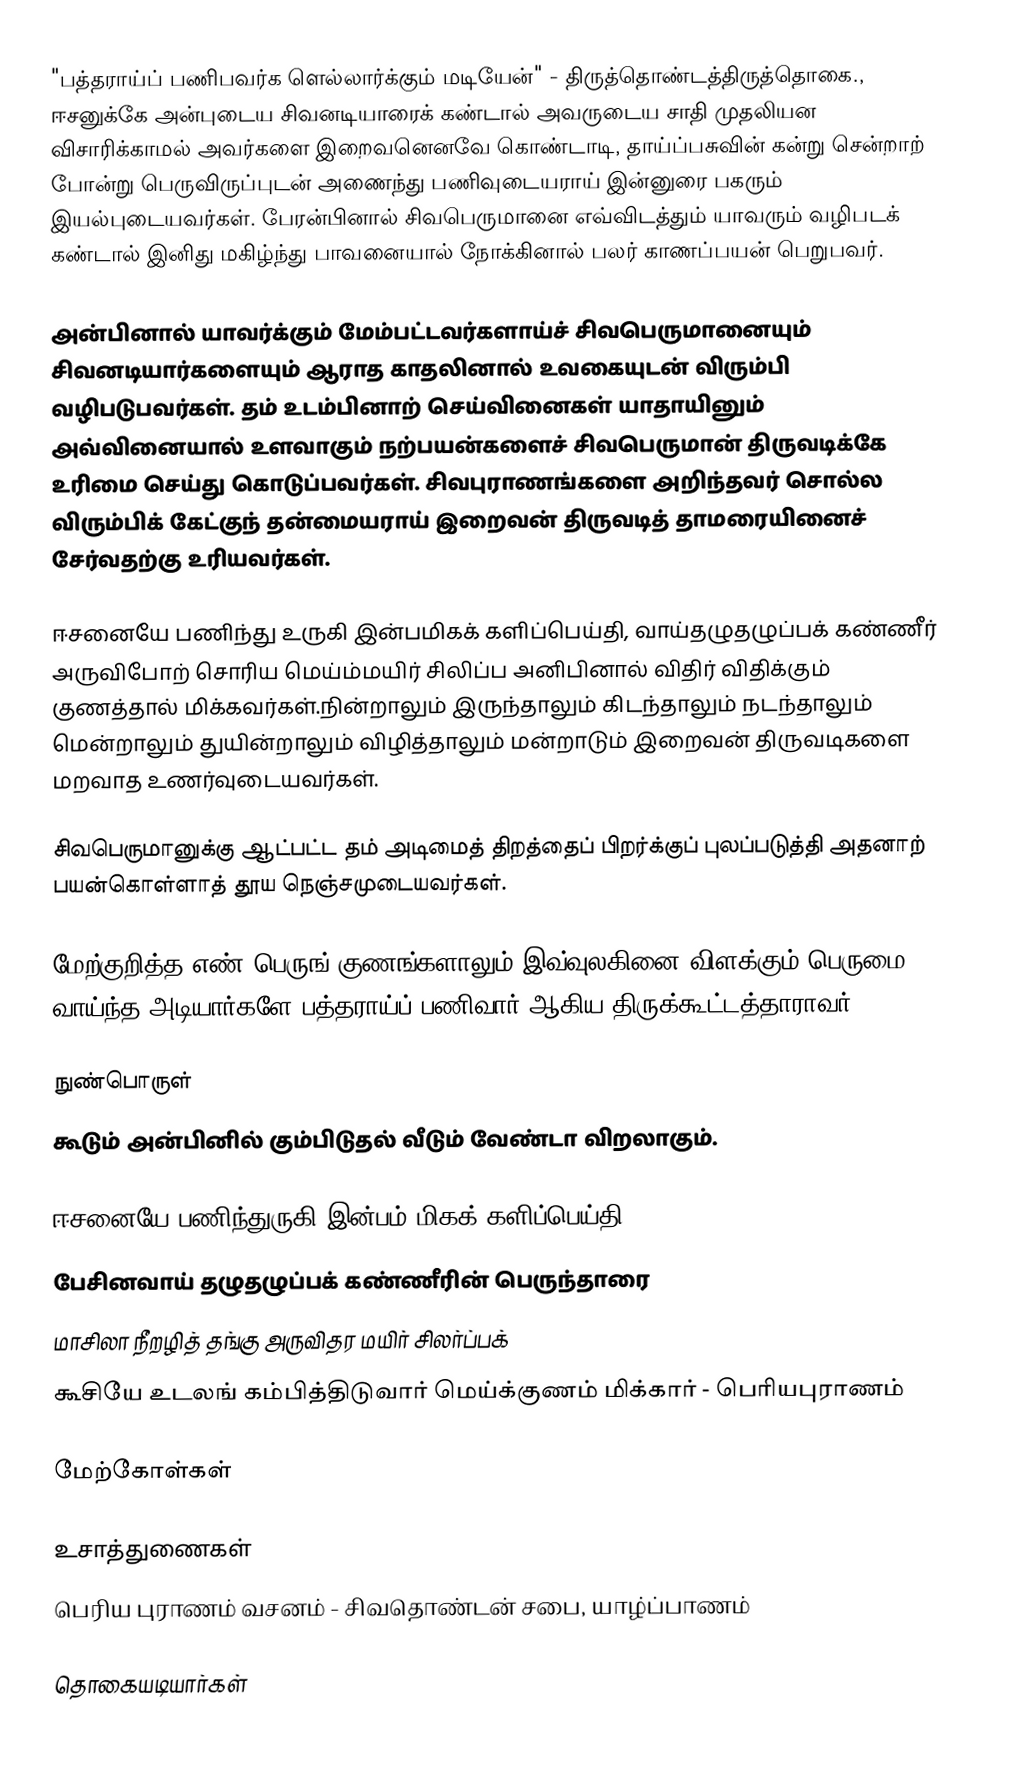
"பத்தராய்ப் பணிபவர்க ளெல்லார்க்கும் மடியேன்" - திருத்தொண்டத்திருத்தொகை., ஈசனுக்கே அன்புடைய சிவனடியாரைக் கண்டால் அவருடைய சாதி முதலியன விசாரிக்காமல் அவர்களை இறைவனெனவே கொண்டாடி, தாய்ப்பசுவின் கன்று சென்றாற் போன்று பெருவிருப்புடன் அணைந்து பணிவுடையராய் இன்னுரை பகரும் இயல்புடையவர்கள். பேரன்பினால் சிவபெருமானை எவ்விடத்தும் யாவரும் வழிபடக் கண்டால் இனிது மகிழ்ந்து பாவனையால் நோக்கினால் பலர் காணப்பயன் பெறுபவர்.

அன்பினால் யாவர்க்கும் மேம்பட்டவர்களாய்ச் சிவபெருமானையும் சிவனடியார்களையும் ஆராத காதலினால் உவகையுடன் விரும்பி வழிபடுபவர்கள். தம் உடம்பினாற் செய்வினைகள் யாதாயினும் அவ்வினையால் உளவாகும் நற்பயன்களைச் சிவபெருமான் திருவடிக்கே உரிமை செய்து கொடுப்பவர்கள். சிவபுராணங்களை அறிந்தவர் சொல்ல விரும்பிக் கேட்குந் தன்மையராய் இறைவன் திருவடித் தாமரையினைச் சேர்வதற்கு உரியவர்கள்.

ஈசனையே பணிந்து உருகி இன்பமிகக் களிப்பெய்தி, வாய்தழுதழுப்பக் கண்ணீர் அருவிபோற் சொரிய மெய்ம்மயிர் சிலிப்ப அனிபினால் விதிர் விதிக்கும் குணத்தால் மிக்கவர்கள்.நின்றாலும் இருந்தாலும் கிடந்தாலும் நடந்தாலும் மென்றாலும் துயின்றாலும் விழித்தாலும் மன்றாடும் இறைவன் திருவடிகளை மறவாத உணர்வுடையவர்கள்.

சிவபெருமானுக்கு ஆட்பட்ட தம் அடிமைத் திறத்தைப் பிறர்க்குப் புலப்படுத்தி அதனாற் பயன்கொள்ளாத் தூய நெஞ்சமுடையவர்கள்.

மேற்குறித்த எண் பெருங் குணங்களாலும் இவ்வுலகினை விளக்கும் பெருமை வாய்ந்த அடியார்களே பத்தராய்ப் பணிவார் ஆகிய திருக்கூட்டத்தாராவர்.

நுண்பொருள்
கூடும் அன்பினில் கும்பிடுதல் வீடும் வேண்டா விறலாகும்.

ஈசனையே பணிந்துருகி இன்பம் மிகக் களிப்பெய்தி
பேசினவாய் தழுதழுப்பக் கண்ணீரின் பெருந்தாரை
மாசிலா நீறழித் தங்கு அருவிதர மயிர் சிலர்ப்பக்
கூசியே உடலங் கம்பித்திடுவார் மெய்க்குணம் மிக்கார் - பெரியபுராணம்

மேற்கோள்கள்

உசாத்துணைகள்
பெரிய புராணம் வசனம் - சிவதொண்டன் சபை, யாழ்ப்பாணம்

தொகையடியார்கள்